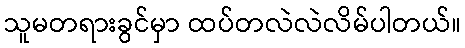
သူမတရားခွင်မှာ ထပ်တလဲလဲလိမ်ပါတယ်။